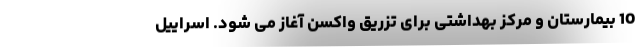
10 بیمارستان و مرکز بهداشتی برای تزریق واکسن آغاز می شود. اسراییل